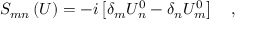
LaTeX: S _ { m n } \left( U \right) = - i \left[ \delta _ { m } U _ { n } ^ { 0 } - \delta _ { n } U _ { m } ^ { 0 } \right] \quad ,